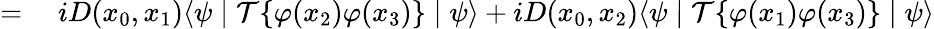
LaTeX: \begin{array}{rl}{={}}&{{}iD(x_{0},x_{1})\langle\psi\mid{\mathcal{T}}\{ \varphi(x_{2})\varphi(x_{3})\} \mid\psi\rangle+iD(x_{0},x_{2})\langle\psi\mid{\mathcal{T}}\{ \varphi(x_{1})\varphi(x_{3})\} \mid\psi\rangle}\end{array}